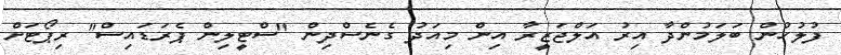
ފުލުހުން ބަލަމުންދާ އިރު އަލްޖަޒީރާ އިން މިއަދު ގެނެސްދިން "ސްޓީލިން ޕެރަޑައިސް" ރިޕޯޓަށް